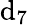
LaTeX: \mathrm{d}_{7}